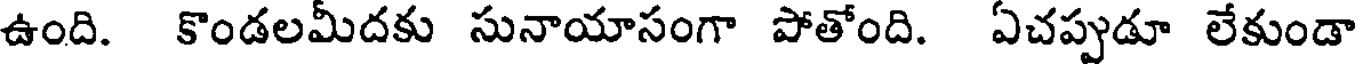
ఉంది. కొండలమీదకు సునాయాసంగా పోతోంది. ఏచప్పుడూ లేకుండా